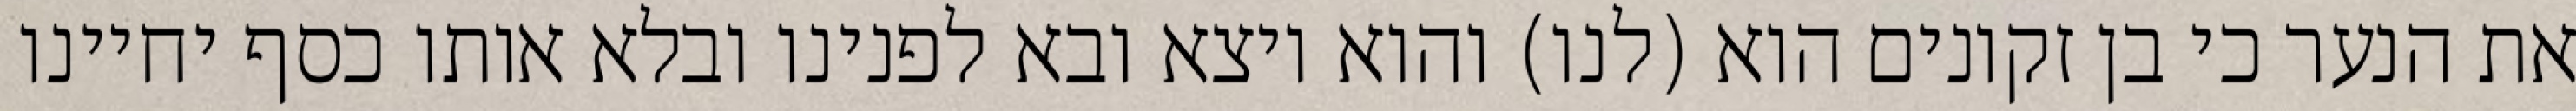
את הנער כי בן זקונים הוא (לנו) והוא יוצא ובא לפנינו ובלא אותו כסף יחיינו